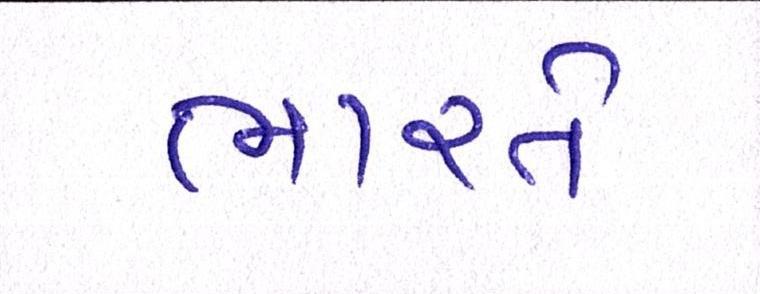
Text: ભારતે